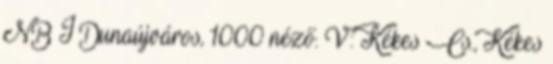
NB I Dunaújváros, 1000 néző. V: Kékes Cs., Kékes